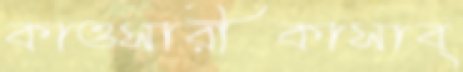
কাওসারীকাসাব্